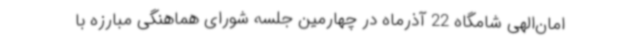
امان‌الهی شامگاه 22 آذرماه در چهارمین جلسه شورای هماهنگی مبارزه با